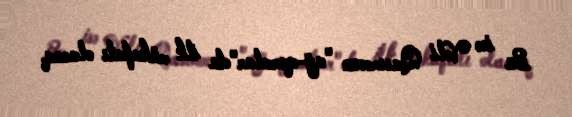
Bu isə Vəli Qasımovun "ağ-qaralar"da ilk mükafatı olacaq.